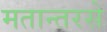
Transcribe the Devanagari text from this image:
मतान्तरसे